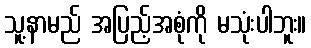
သူ့နာမည် အပြည့်အစုံကို မသုံးပါဘူး။